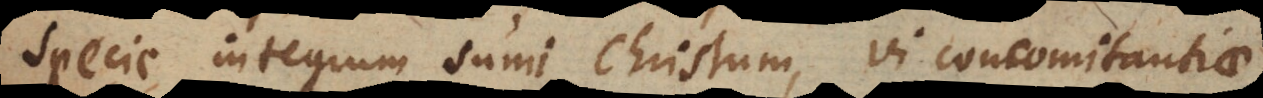
specie integrum sumi Christum, vi concomitantiae